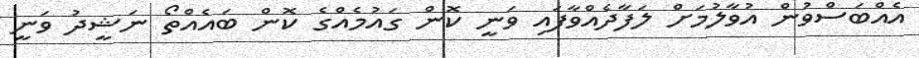
އެއްބަސްވުން އުވާލުމަށް ލަފާދެއްވާފައި ވަނީ ކޮން ގައުމެއްގެ ކޮން ބައެއްތޯ ނަޝީދު ވަނީ